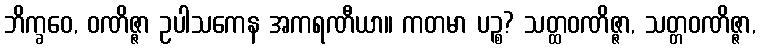
ဘိက္ခဝေ, ဝဏိဇ္ဇာ ဥပါသကေန အကရဏီယာ။ ကတမာ ပဉ္စ? သတ္ထဝဏိဇ္ဇာ, သတ္တဝဏိဇ္ဇာ,